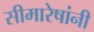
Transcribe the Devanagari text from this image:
सीमारेषांनी